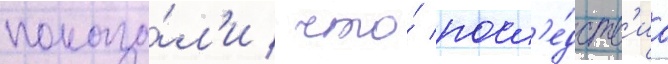
показа́л'и / что́ посл'е́дств'иа